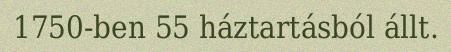
1750-ben 55 háztartásból állt.